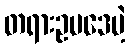
တရားဥပဒေမဲ့